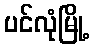
ပင်လုံမြို့